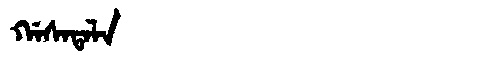
Manchu: ᡤᠠᠰᠠᡨᠠᠯᠠ
Romanization: GASATALA